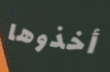
أخذوها